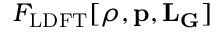
F _ { \mathrm { L D F T } } [ \rho , \mathbf { p } , \mathbf { L } _ { \mathbf { G } } ]